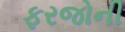
ફરજોની